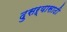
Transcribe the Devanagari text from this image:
दुसऱ्यासाठी